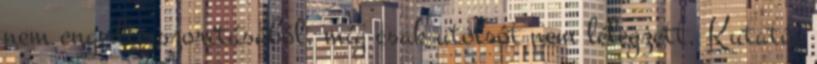
nem engedte szorításából, míg csak utolsót nem lélegzett. Kutató,